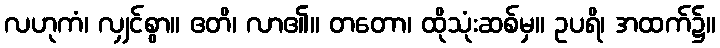
လဟုကံ၊ လျှင်စွာ။ ဧတိ၊ လာ၏။ တတော၊ ထိုသုံးဆစ်မှ။ ဥပရိ၊ အထက်၌။